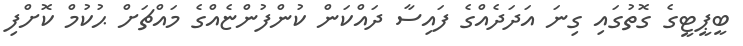
ބީޕީޓީގެ ގޮތުގައި ގިނަ އަދަދެއްގެ ފައިސާ ދައްކަން ކުންފުންޏެއްގެ މައްޗަށް ޙުކުމް ކޮށްފި